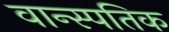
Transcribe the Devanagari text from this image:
वान्स्पतिक